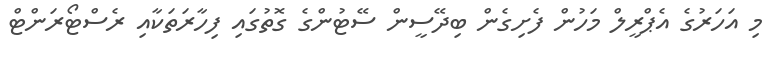
މި އަހަރުގެ އެޕްރީލް މަހުން ފެށިގެން ބިދޭސީން ސޭޓުންގެ ގޮތުގައި ފިހާރަތަކާއި ރެސްޓޯރަންޓް